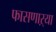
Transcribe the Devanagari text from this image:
फासणाऱ्या